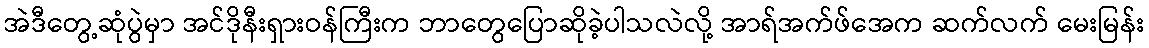
အဲဒီတွေ့ဆုံပွဲမှာ အင်ဒိုနီးရှားဝန်ကြီးက ဘာတွေပြောဆိုခဲ့ပါသလဲလို့ အာရ်အက်ဖ်အေက ဆက်လက် မေးမြန်း